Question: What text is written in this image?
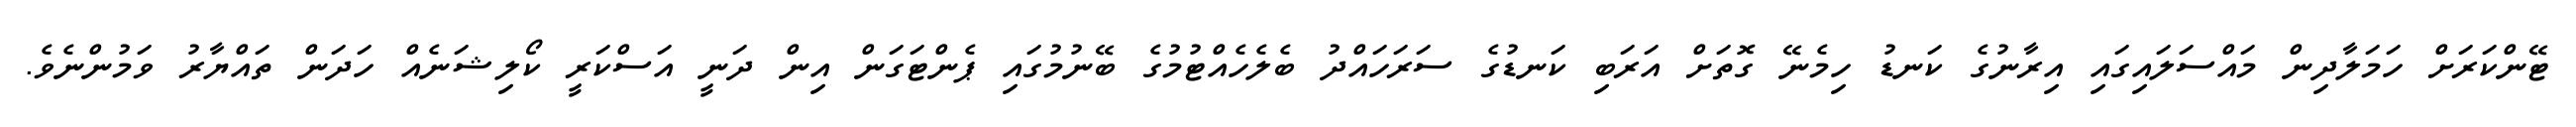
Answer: ޓޭންކަރަށް ހަމަލާދިން މައްސަލައިގައި އިރާނުގެ ކަނޑު ހިމެނޭ ގޮތަށް އަރަބި ކަނޑުގެ ސަރަހައްދު ބެލެހެއްޓުމުގެ ބޭނުމުގައި ޕެންޓަގަން އިން ދަނީ އަސްކަރީ ކޯލިޝަނެއް ހަދަން ތައްޔާރު ވަމުންނެވެ.